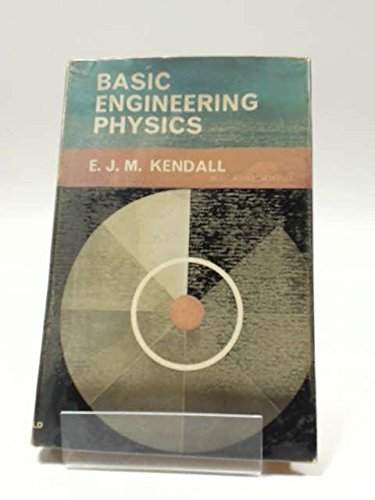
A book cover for Basic engineering physics; Ernest John Michael Kendall; Science & Math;